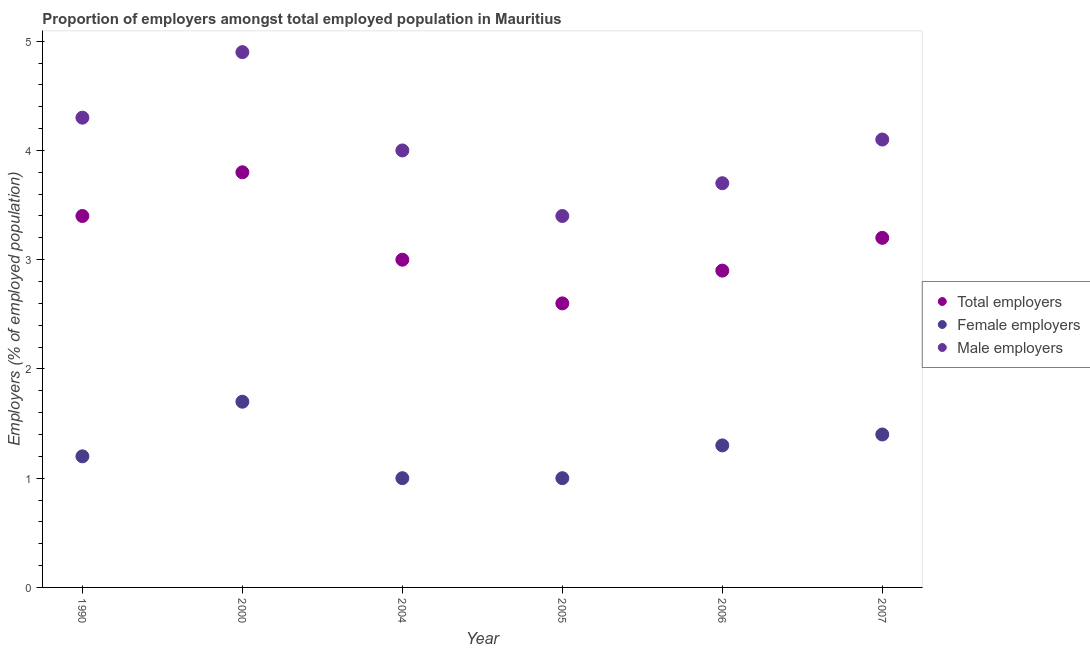
| Year | Total employers | Female employers | Male employers |
 | --- | --- | --- | --- |
 | 1990 | 3.4 | 1.2 | 4.3 |
 | 2000 | 3.8 | 1.7 | 4.9 |
 | 2004 | 3 | 1 | 4 |
 | 2005 | 2.6 | 1 | 3.4 |
 | 2006 | 2.9 | 1.3 | 3.7 |
 | 2007 | 3.2 | 1.4 | 4.1 |